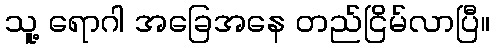
သူ့ ရောဂါ အခြေအနေ တည်ငြိမ်လာပြီ။